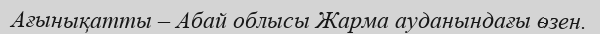
Ағынықатты – Абай облысы Жарма ауданындағы өзен.